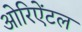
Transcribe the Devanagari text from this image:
ओरिऐंटल